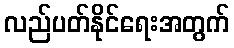
လည်ပတ်နိုင်ရေးအတွက်